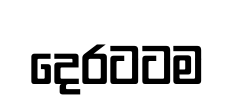
දෙරටටම